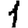
Digit: 1